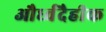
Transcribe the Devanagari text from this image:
और्ध्वदैहीक